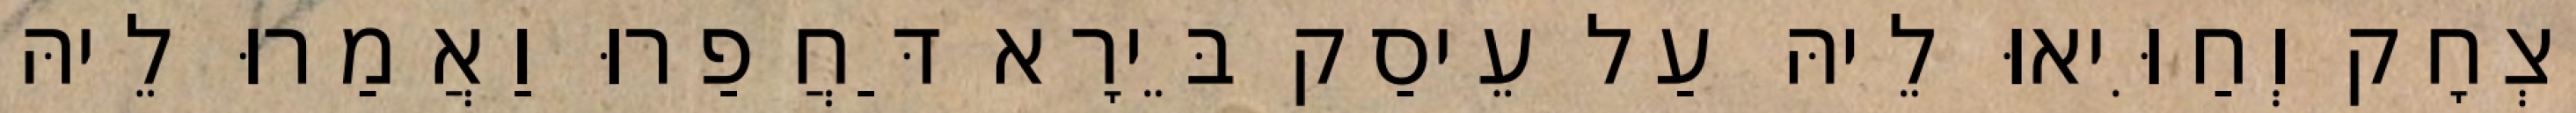
יִצְחָק וְחַוִּיאוּ לֵיהּ עַל עֵיסַק בֵּירָא דַּחֲפַרוּ וַאֲמַרוּ לֵיהּ